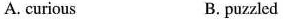
A. curious B. puzzled